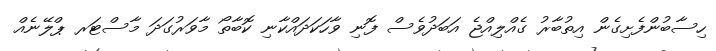
ހިސާބުންފެށިގެން އިތުބާރު ގެއްލިއްޖެ އަބަދުވެސް ފޮނި ވާހަކަދައްކާނި ކޮބާތޯ މާވަރުގަދަ މާސްޓަރ ޕްލޭނެއް